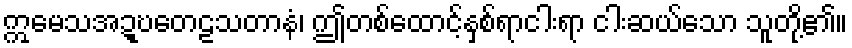
ဣမေသအဍ္ဎတေဠသတာနံ၊ ဤတစ်ထောင့်နှစ်ရာငါးရာ ငါးဆယ်သော သူတို့၏။